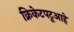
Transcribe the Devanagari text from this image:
क्रिकेटपटूआहे